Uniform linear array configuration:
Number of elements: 24
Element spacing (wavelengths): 1
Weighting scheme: exponential
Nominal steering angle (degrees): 0
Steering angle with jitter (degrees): -1.23
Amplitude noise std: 0.05
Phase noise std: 0.05

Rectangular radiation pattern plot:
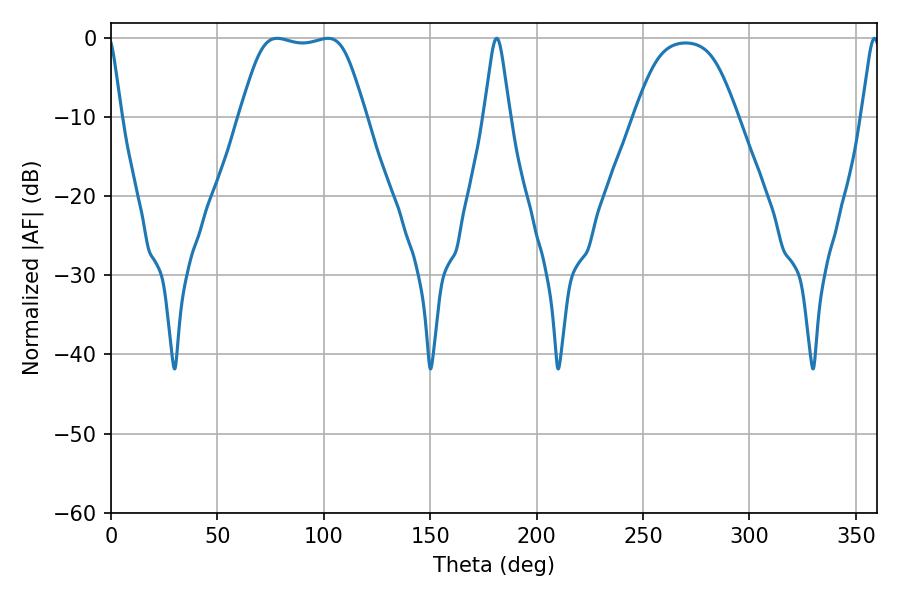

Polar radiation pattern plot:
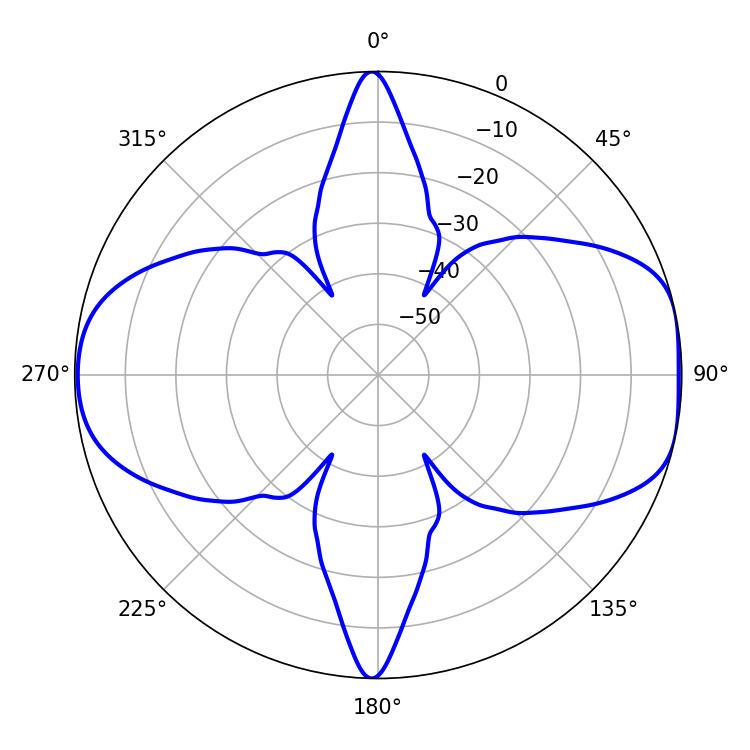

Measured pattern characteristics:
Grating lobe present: TRUE
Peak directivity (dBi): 8.815
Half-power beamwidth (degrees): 43.92
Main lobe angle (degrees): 78.12